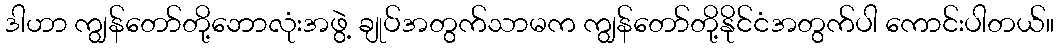
ဒါဟာ ကျွန်တော်တို့ဘောလုံးအဖွဲ့ ချုပ်အတွက်သာမက ကျွန်တော်တို့နိုင်ငံအတွက်ပါ ကောင်းပါတယ်။